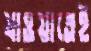
যাওয়াতেই